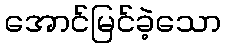
အောင်မြင်ခဲ့သော